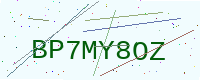
Text: BP7MY8OZ